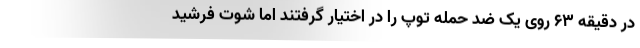
در دقیقه ۶۳ روی یک ضد حمله توپ را در اختیار گرفتند اما شوت فرشید